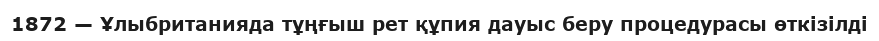
1872 — Ұлыбританияда тұңғыш рет құпия дауыс беру процедурасы өткiзiлді